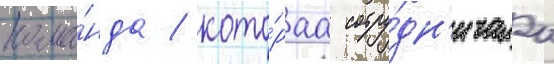
кома́нда / кото́раа сотру́дн'ичала